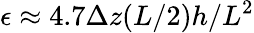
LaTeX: \epsilon\approx 4.7\Delta z(L/2)h/L^{2}